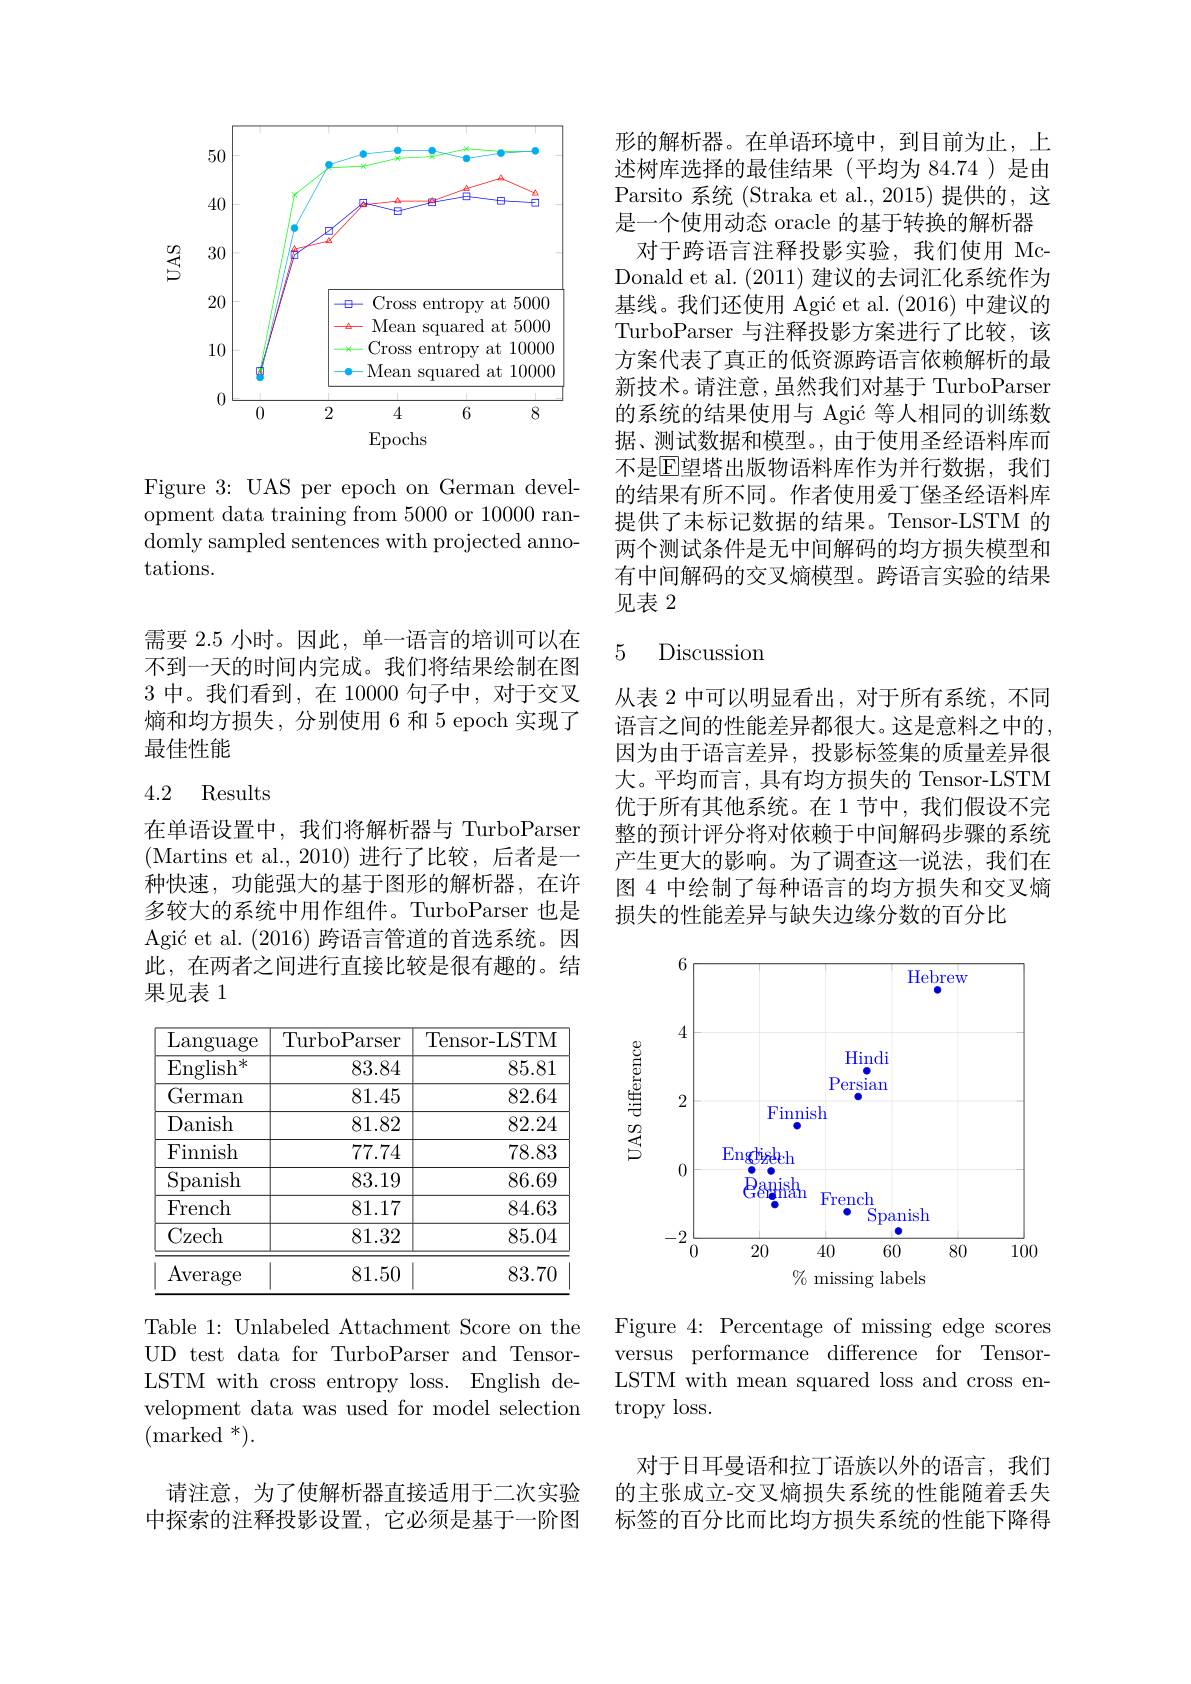
<FigureHere>

Figure 3: UAS per epoch on German development data training from 5000 or 10000 randomly sampled sentences with projected annotations.

需要 2.5 小时。因此，单一语言的培训可以在不到一天的时间内完成。我们将结果绘制在图3中。我们看到，在 10000 句子中，对于交叉熵和均方损失，分别使用 6 和 5 epoch 实现了最佳性能

### 4.2 Results

在单语设置中，我们将解析器与 TurboParser (Martins et al.,2010)进行了比较，后者是一种快速，功能强大的基于图形的解析器，在许多较大的系统中用作组件。TurboParser 也是Agić et al. (2016)跨语言管道的首选系统。因此，在两者之间进行直接比较是很有趣的。结果见表 1

<table>
	<tbody>
		<tr>
			<th>$\overline{\mathrm{Language}}$</th>
			<th>TurboP arser</th>
			<th>Tensor-LSTM</th>
		</tr>
		<tr>
			<td>English 米 </td>
			<td>83.84</td>
			<td>85.81</td>
		</tr>
		<tr>
			<td>German</td>
			<td>81.45</td>
			<td>82.64</td>
		</tr>
		<tr>
			<td>Danish</td>
			<td>81.82</td>
			<td>82.24</td>
		</tr>
		<tr>
			<td>Finnish</td>
			<td>77.74</td>
			<td>78.83</td>
		</tr>
		<tr>
			<td>Spanish</td>
			<td>83.19</td>
			<td>86.69</td>
		</tr>
		<tr>
			<td>French</td>
			<td>81.17</td>
			<td>84.63</td>
		</tr>
		<tr>
			<td>Czech</td>
			<td>81.32</td>
			<td>85.04</td>
		</tr>
		<tr>
			<td>Average</td>
			<td>81.50</td>
			<td>83.70</td>
		</tr>
	</tbody>
</table>

Table 1: Unlabeled Attachment Score on the UD test data for TurboParser and TensorLSTM with cross entropy loss. English development data was used for model selection $({\mathrm{marked}}^*).$

请注意，为了使解析器直接适用于二次实验中探索的注释投影设置，它必须是基于一阶图

形的解析器。在单语环境中，到目前为止，上述树库选择的最佳结果(平均为 84.74)是由Parsito 系统 (Straka et al., 2015) 提供的，这是一个使用动态 oracle 的基于转换的解析器
对于跨语言注释投影实验，我们使用 McDonald et al. (2011) 建议的去词汇化系统作为基线。我们还使用 Agić et al. (2016)中建议的TurboParser 与注释投影方案进行了比较，该方案代表了真正的低资源跨语言依赖解析的最新技术。请注意，虽然我们对基于 TurboParser 的系统的结果使用与 Agić 等人相同的训练数据、测试数据和模型。,由于使用圣经语料库而不是$\mathbb{E}$望塔出版物语料库作为并行数据，我们的结果有所不同。作者使用爱丁堡圣经语料库提供了未标记数据的结果。Tensor-LSTM 的两个测试条件是无中间解码的均方损失模型和有中间解码的交叉熵模型。跨语言实验的结果见表2

## 5 Discussion

从表 2 中可以明显看出，对于所有系统，不同语言之间的性能差异都很大。这是意料之中的， 因为由于语言差异，投影标签集的质量差异很大。平均而言，具有均方损失的 Tensor-LSTM 优于所有其他系统。在 1 节中，我们假设不完整的预计评分将对依赖于中间解码步骤的系统产生更大的影响。为了调查这一说法，我们在图 4 中绘制了每种语言的均方损失和交叉熵损失的性能差异与缺失边缘分数的百分比

<FigureHere>

Figure 4: Percentage of missing edge scores versus performance difference for TensorLSTM with mean squared loss and cross entropy loss.

对于日耳曼语和拉丁语族以外的语言，我们的主张成立-交叉熵损失系统的性能随着丢失标签的百分比而比均方损失系统的性能下降得